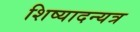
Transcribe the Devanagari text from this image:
शिष्यादन्यत्र